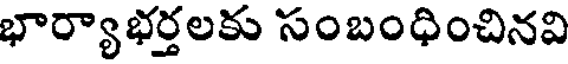
భార్యాభర్తలకు సంబంధించినవి